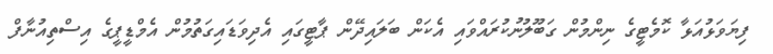
ފިޔަވަޅުއަޅާ ކޮމެޓީގެ ނިންމުން ގަބޫލުނުކުރައްވައި އެކަން ބަލައިދޭން ޕާޓީގައި އެދިވަޑައިގަތުމުން އެމްޑީޕީގެ އިސްތިއުނާފް